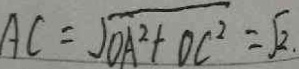
A C = \sqrt { O A ^ { 2 } + O C ^ { 2 } } = \sqrt { 2 . }